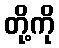
တို့ကို